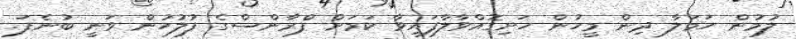
ލުމުން ހަމަލާ ދިން މީހުން ހަށިގޮއްވާލާފައިވާ ކަމަށް ފްރާންސްގެ ފުލުހުން ވަނީ ބުނެފަ.